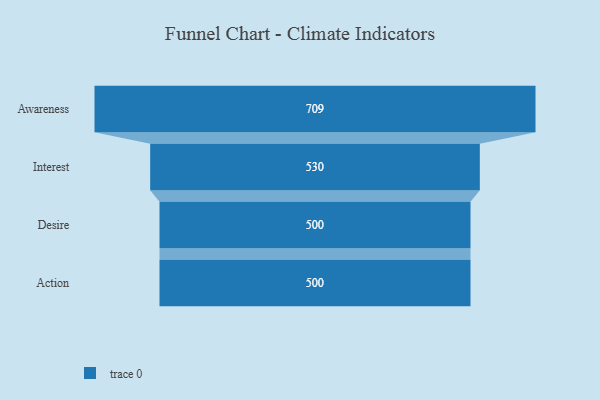
{"axis": {"x": "Stage", "y": "Value"}, "legend": [""], "data": [{"x": "Awareness", "y": 709.0, "type": ""}, {"x": "Interest", "y": 530.0, "type": ""}, {"x": "Desire", "y": 500, "type": ""}, {"x": "Action", "y": 500, "type": ""}]}